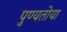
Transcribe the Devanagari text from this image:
पुण्यतोया